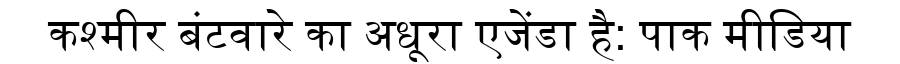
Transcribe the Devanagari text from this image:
कश्मीर बंटवारे का अधूरा एजेंडा है: पाक मीडिया